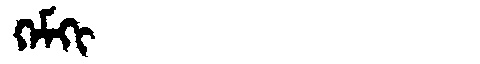
Manchu: ᡴᡝᠮᡴᡳ
Romanization: KEMKI